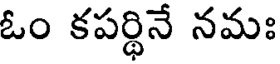
ఓం కపర్థినే నమః